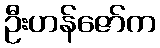
ဦးဟန်ဇော်က